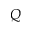
Q